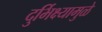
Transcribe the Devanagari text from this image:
दुर्भिक्ष्यामुळे